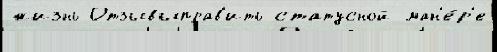
жизнь Отзывыправ'ить статусной ман'е́р'е